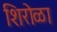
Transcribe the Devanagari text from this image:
शिरोळा